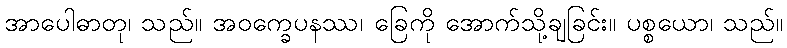
အာပေါဓာတု၊ သည်။ အဝက္ခေပနဿ၊ ခြေကို အောက်သို့ချခြင်း။ ပစ္စယော၊ သည်။